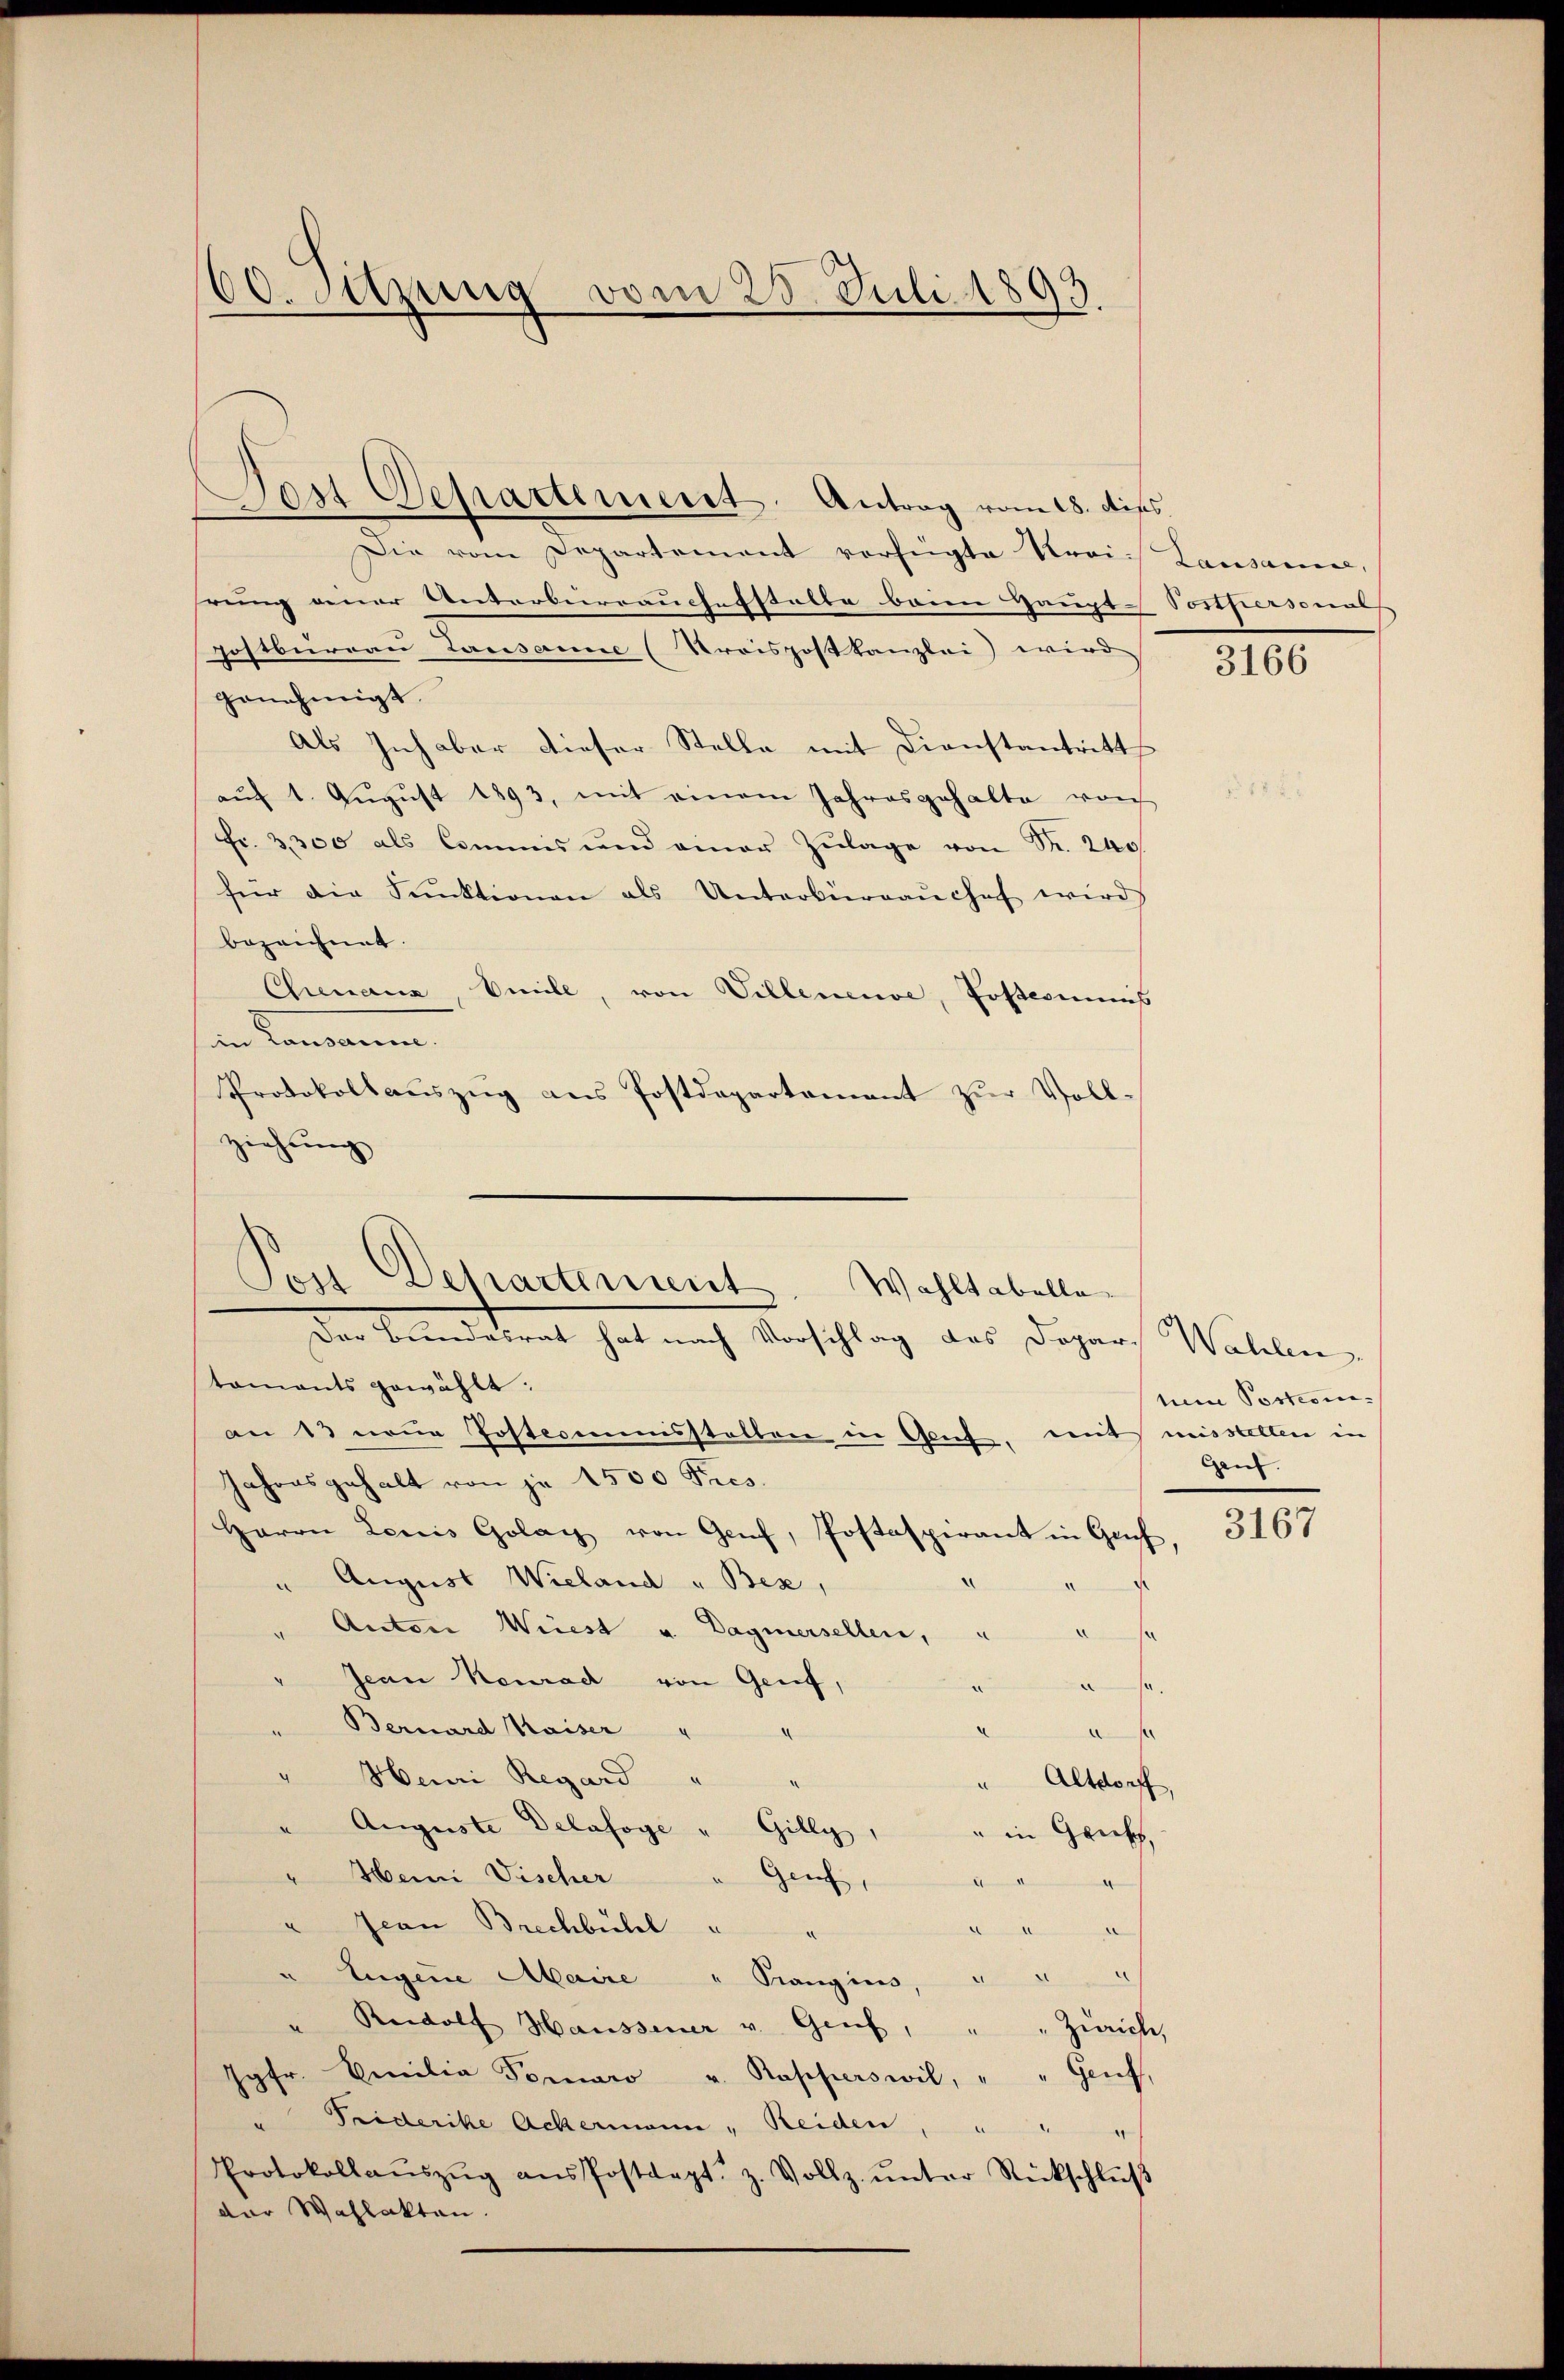
60. Setzung vom 28. Juli 1893.

Die vom Departement vorfügte Krai- Lausanne,
rung einer Unterbierrauchestalte bann Haupt-Vorthiersonnes |
Gostburgau Lausanne (Kreispostkanzlei wird
genehmigt
Als Inhaber dieser Stelle mit Dienstantritt
aŭf 1. Aŭgŭst 1893, mit einem Jahresgehalte von
Fr. 3300 als Commis und einer Zŭlage von Fr. 240.
für die Sektionen als Unterbüreaŭchef wird
bezeichnet.
Chenaus Seile, von Villeneuve, Postcommis
in Commann
Protokollauszug aus Postdepartement zur Voll-
ziehung
Der Beidekret hat nach Vorschlag des Depart Wallen
toments gewählt:
an 13 neue Postecommisstellen in Genf, mit misstellen in
Jahresgehalt von je 1500 Pres.
Herrn Lenis Golag von Genf, Postaspirant in Gruf
August Wieland " Bex,
.
" Anton Wiest u. Dagnersellen,
d
Jean Konrad von Genf,
e
n
Bernard Kaiser
d
d
6
" Henri Regard
"Altdorff,
Auguste Delafoye " Gilly,
" in Griff,
Henni Discher
Genf,
A
" Jean Brechbühl u
r
Eugene Maire " Prangins, " " "
" Rudolf Haussener v. Genf, " " Zürich,
Jgfr. Emilia Tomaro u. Rapperswil, " " Genf,
Peiderike Ackermann, Reiden, " " "
e
Protokollaŭszŭg aŭs Postdept. z. Vollz. ŭnter Rückschlŭβ
der Wahlakten.

Jost Departement. Antrag vom 18. Diss.

Son
Departement. Wahltabelle

3166

tem Postcom¬
Gen.

3167